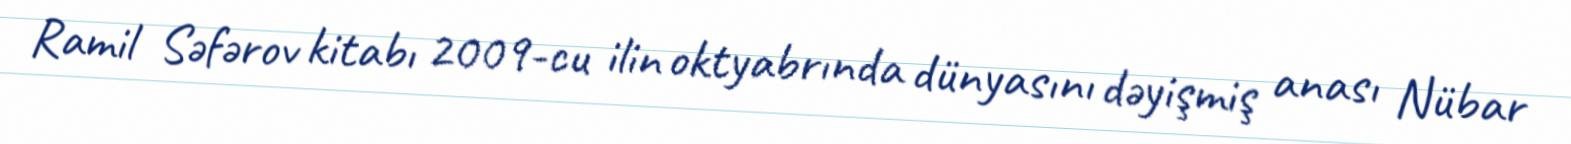
Ramil Səfərov kitabı 2009-cu ilin oktyabrında dünyasını dəyişmiş anası Nübar